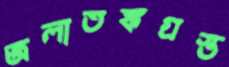
জলাতঙ্কগ্রস্ত